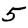
Digit: 5